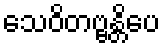
သေဝိတဗ္ဗန္တိပေ